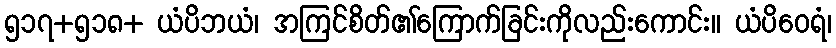
၅၁၇+၅၁၈+ ယံပိဘယံ၊ အကြင်စိတ်၏ကြောက်ခြင်းကိုလည်းကောင်း။ ယံပိဝေရံ၊